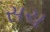
સચ